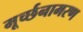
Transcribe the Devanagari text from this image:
मूर्च्छनामरण